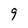
Character: 9